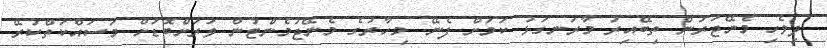
ދިވެހި މެނޭޖަރުން ތިބޭއިރު މާރަނގަޅު ކަމަށް ފެނޭ. މިހާރުގެ މެނޭޖުމެންޓުން ވަރަށްބޮޑަށް މަސައްކަތްކުރޭ